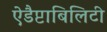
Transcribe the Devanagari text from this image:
ऐडैप्टाबिलिटी